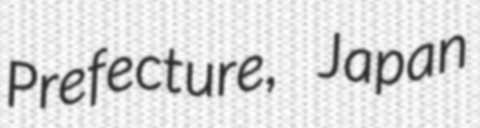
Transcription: Prefecture, Japan